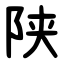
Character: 陕